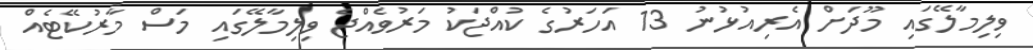
ވިލިމާލޭގައި މޫދަށް އެރިއުޅުނު 13 އަހަރުގެ ކުއްޖަކު މަރުވެއްޖެ ވިލިމާލޭގައި މަސް މާރުކޭޓެއް